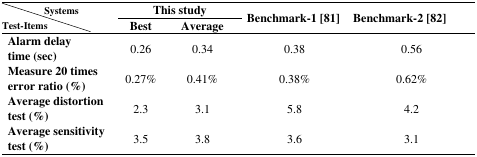
<table><thead><tr><td><b>Systems</b></td><td colspan="2"><b>This study</b></td><td rowspan="3"><b>Benchmark-1 [81]</b></td><td rowspan="3"><b>Benchmark-2 [82]</b></td></tr><tr><td><b>Test-Items</b></td><td><b>Best</b></td><td><b>Average</b></td></tr></thead><tbody><tr><td><b>Alarm delay time (sec)</b></td><td>0.26</td><td>0.34</td><td>0.38</td><td>0.56</td></tr><tr><td><b>Measure 20 times error ratio (%)</b></td><td>0.27%</td><td>0.41%</td><td>0.38%</td><td>0.62%</td></tr><tr><td><b>Average distortion test (%)</b></td><td>2.3</td><td>3.1</td><td>5.8</td><td>4.2</td></tr><tr><td><b>Average sensitivity test (%)</b></td><td>3.5</td><td>3.8</td><td>3.6</td><td>3.1</td></tr></tbody></table>